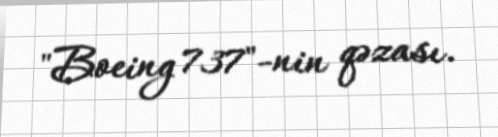
"Boeing 737"-nin qəzası.